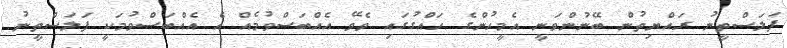
ފަލަސްތީނު ރައްޔިތުން ބޭނުންވަނީ އެމީހުންގެ ހައްގުގައި ވެވޭ އެއްބަސްވުމެއް އެ އެއްބަސްވުމަކީ ފަލަސްތީނު